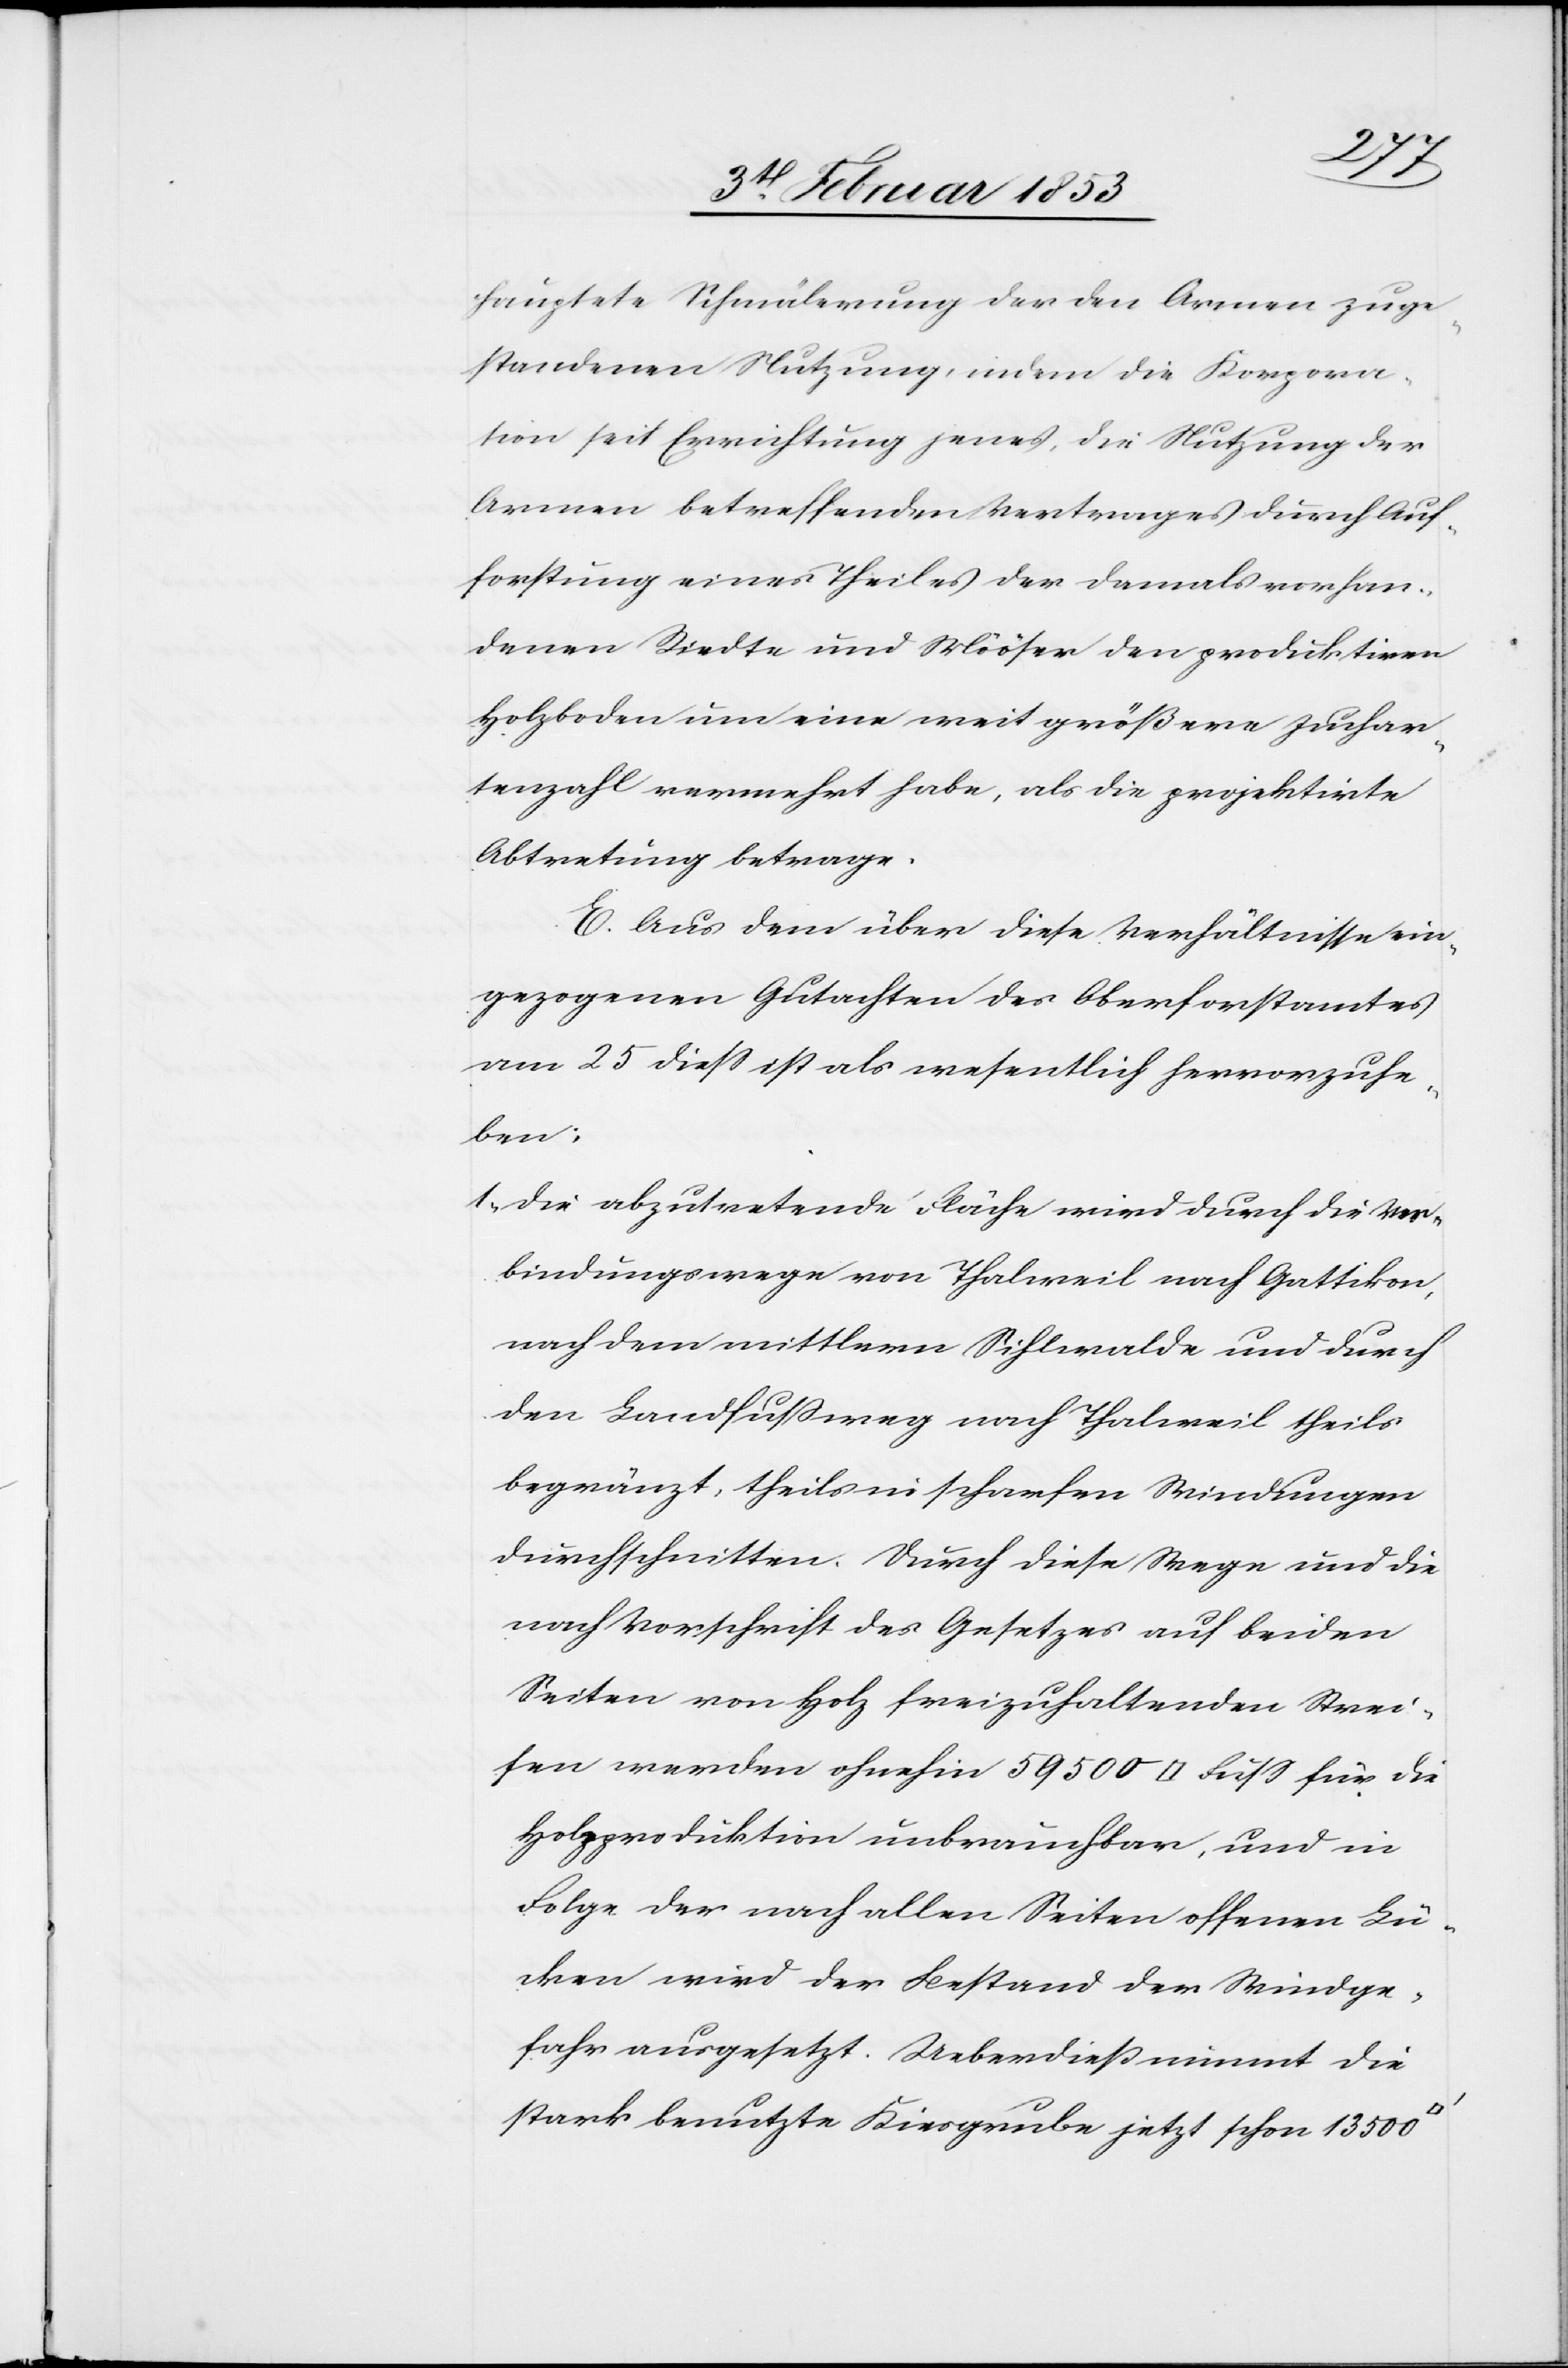
hauptete Schmälerung der den Armen zuge¬
standenen Nutzung, indem die Korpora¬
tion seit Errichtung jenes, die Nutzung der
Armen betreffenden Vertrages durch Auf¬
forstung eines Theiles der damals vorhan¬
denen Riedte und Mööser den produktiven
Holzboden um eine weit größere Juchar¬
tenzahl vermehrt habe, als die projektirte
Abtretung betrage.
E. Aus dem über diese Verhältnisse ein¬
gezogenen Gutachten des Oberforstamtes
am 25 dieß ist als wesentlich hervorzuhe¬
ben:
1, Die abzutretende Fläche wird durch die Ver¬
bindungswege von Thalweil nach Gattikon,
nach dem mittlern Sihlwalde und durch
den Landfußweg nach Thalweil theils
begränzt, theils in scharfen Windungen
durchschnitten. Durch diese Wege und die
nach Vorschrift des Gesetzes auf beiden
Seiten von Holz freizuhaltenden Strei¬
fen werden ohnehin 59500 [Quadrat-] Fuß für die
Holzproduktion unbrauchbar, und in
Folge der nach allen Seiten offenen Lü¬
cken wird der Bestand der Windge¬
fahr ausgesetzt. Ueberdieß nimmt die
stark benutzte Kiesgrube jetzt schon 13500